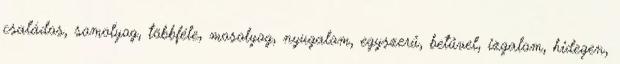
családos, somolyog, többféle, mosolyog, nyugalom, egyszerű, betűvel, izgalom, hidegen,